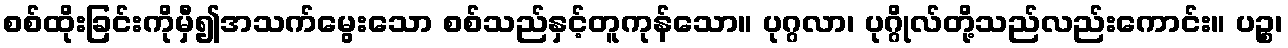
စစ်ထိုးခြင်းကိုမှီ၍အသက်မွေးသော စစ်သည်နှင့်တူကုန်သော။ ပုဂ္ဂလာ၊ ပုဂ္ဂိုလ်တို့သည်လည်းကောင်း။ ပဉ္စ၊